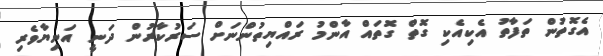
އެގޮތުން ތަފާތު އެކިއެކި ގޮތް ގޮތައް އާންމު ރައްޔިތުންނަށް ސަރުކާރުން ދަނީ އަނިޔާވެރި